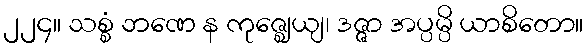
၂၂၄။ သစ္စံ ဘဏေ န ကုဇ္ဈေယျ၊ ဒဇ္ဇာ အပ္ပမ္ပိ ယာစိတော။